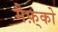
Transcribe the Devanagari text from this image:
मैफ़्को